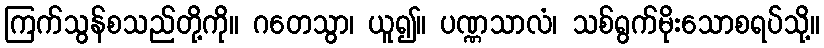
ကြက်သွန်စသည်တို့ကို။ ဂတေသွာ၊ ယူ၍။ ပဏ္ဏသာလံ၊ သစ်ရွက်မိုးသောစရပ်သို့။